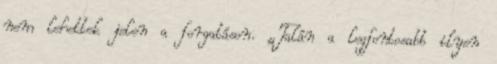
nem lehettek jelen a forgatáson. „Talán a legfontosabb ilyen